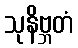
သုနိဗ္ဘတံ